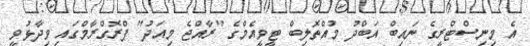
އެ މިނިސްޓްރީގެ ނައިބް އަބްދު މުއްތޮލިބް ޓީވީއެމްގެ "ރާއްޖެ މިއަދު" ޕްރޮގްރާމްގައި ވިދާޅުވީ